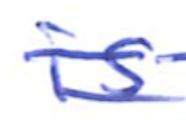
Text: is
Cross-out: double-line
Writing tool: ballpoint